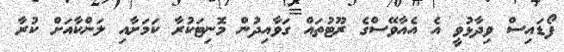
ފޯޑައިސް ވިދާޅުވީ އެ އެއާވޭސްގެ ރޫޓުތައް ގަވާއިދުން މޮނިޓަކުރާ ކަމަށާއި ލަންކާއަށް ކުރާ